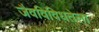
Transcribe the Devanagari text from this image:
जैवविविधतेला